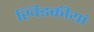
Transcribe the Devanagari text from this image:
खिडकीयां